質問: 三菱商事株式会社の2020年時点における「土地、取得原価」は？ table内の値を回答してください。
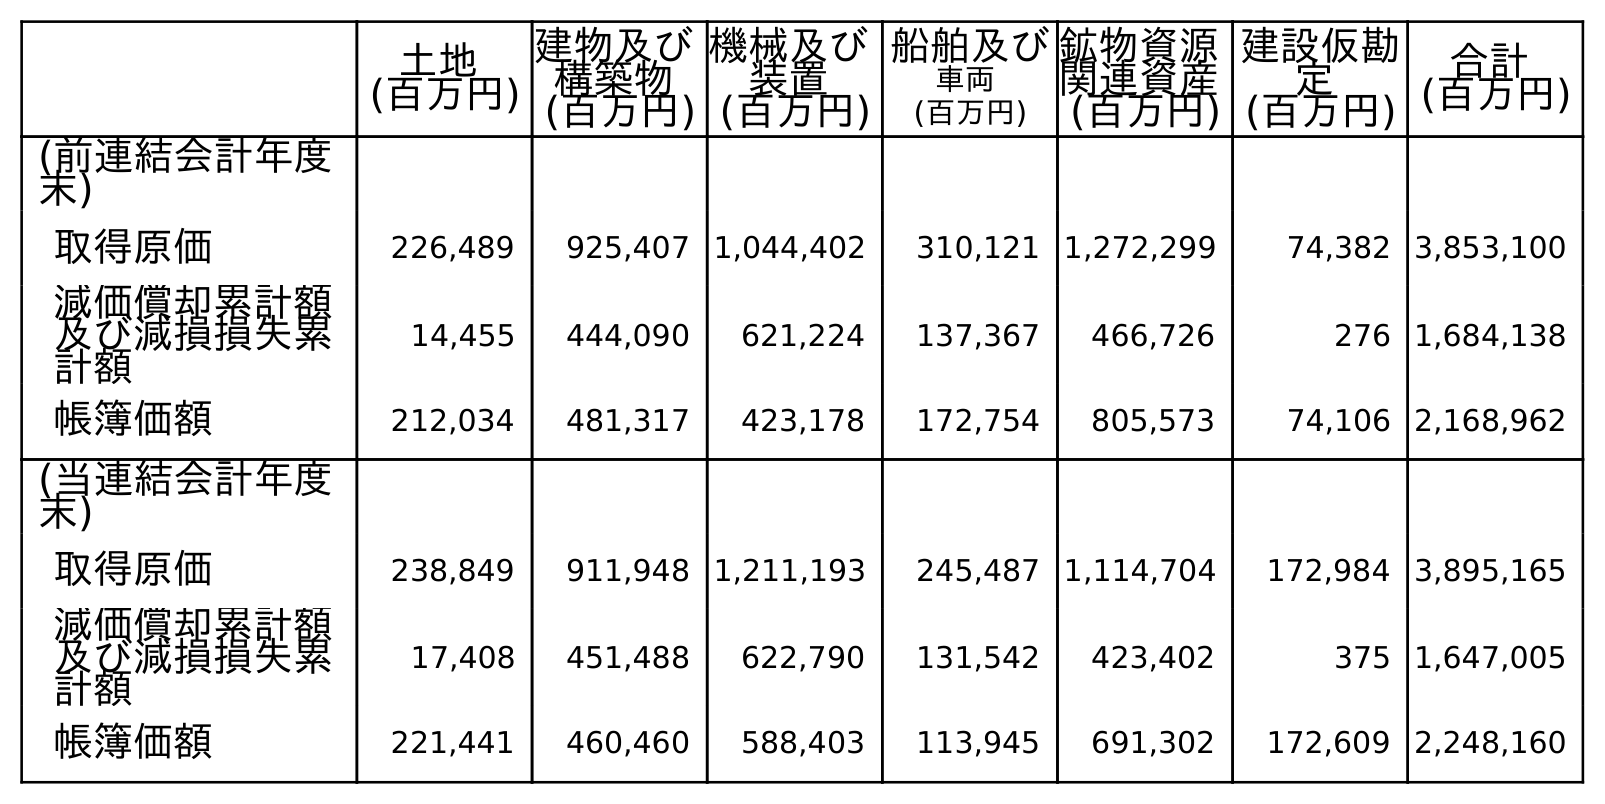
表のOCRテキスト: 土地 (百万円) 建物及び 構築物 (百万円) 機械及び 装置 (百万円) 船舶及び 車両 (百万円) 鉱物資源 関連資産 (百万円) 建設仮勘 定 (百万円) 合計 (百万円) (前連結会計年度 末) 取得原価 226,489 925,407 1,044,402 310,121 1,272,299 74,382 3,853,100 減価償却累計額 及び減損損失累 計額 14,455 444,090 621,224 137,367 466,726 276 1,684,138 帳簿価額 212,034 481,317 423,178 172,754 805,573 74,106 2,168,962 (当連結会計年度 末) 取得原価 238,849 911,948 1,211,193 245,487 1,114,704 172,984 3,895,165 減価償却累計額 及び減損損失累 計額 17,408 451,488 622,790 131,542 423,402 375 1,647,005 帳簿価額 221,441 460,460 588,403 113,945 691,302 172,609 2,248,160
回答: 238,849